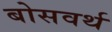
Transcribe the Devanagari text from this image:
बोसवर्थ